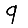
Digit: 9